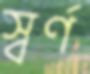
স্বর্ণ